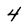
Character: 4